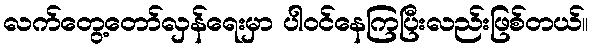
လက်တွေ့တော်လှန်ရေးမှာ ပါဝင်နေကြပြီးလည်းဖြစ်တယ်။